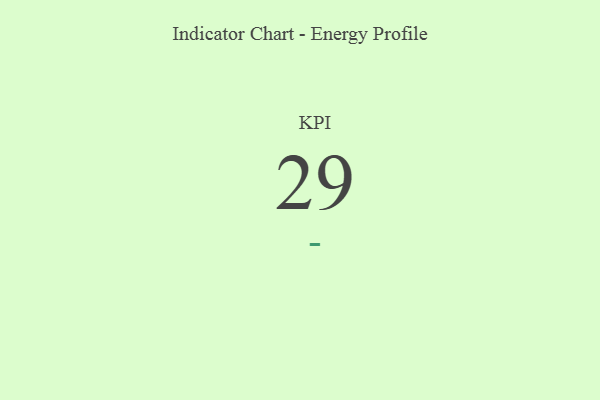
{"axis": {"x": "KPI", "y": "Value"}, "legend": [""], "data": [{"x": "KPI", "y": 29, "type": ""}]}